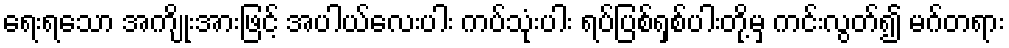
ရေးရသော အကျိုးအားဖြင့် အပါယ်လေးပါး ကပ်သုံးပါး ရပ်ပြစ်ရှစ်ပါးတို့မှ ကင်းလွတ်၍ မဂ်တရား